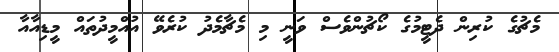
މެޗުގެ ކުރިން ދެޓީމުގެ ކޯޗުންވެސް ވަނީ މި މެޗާމެދު ކުރެވޭ އުއްމީދުތައް މީޑިއާއާ